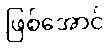
ဖြစ်အောင်